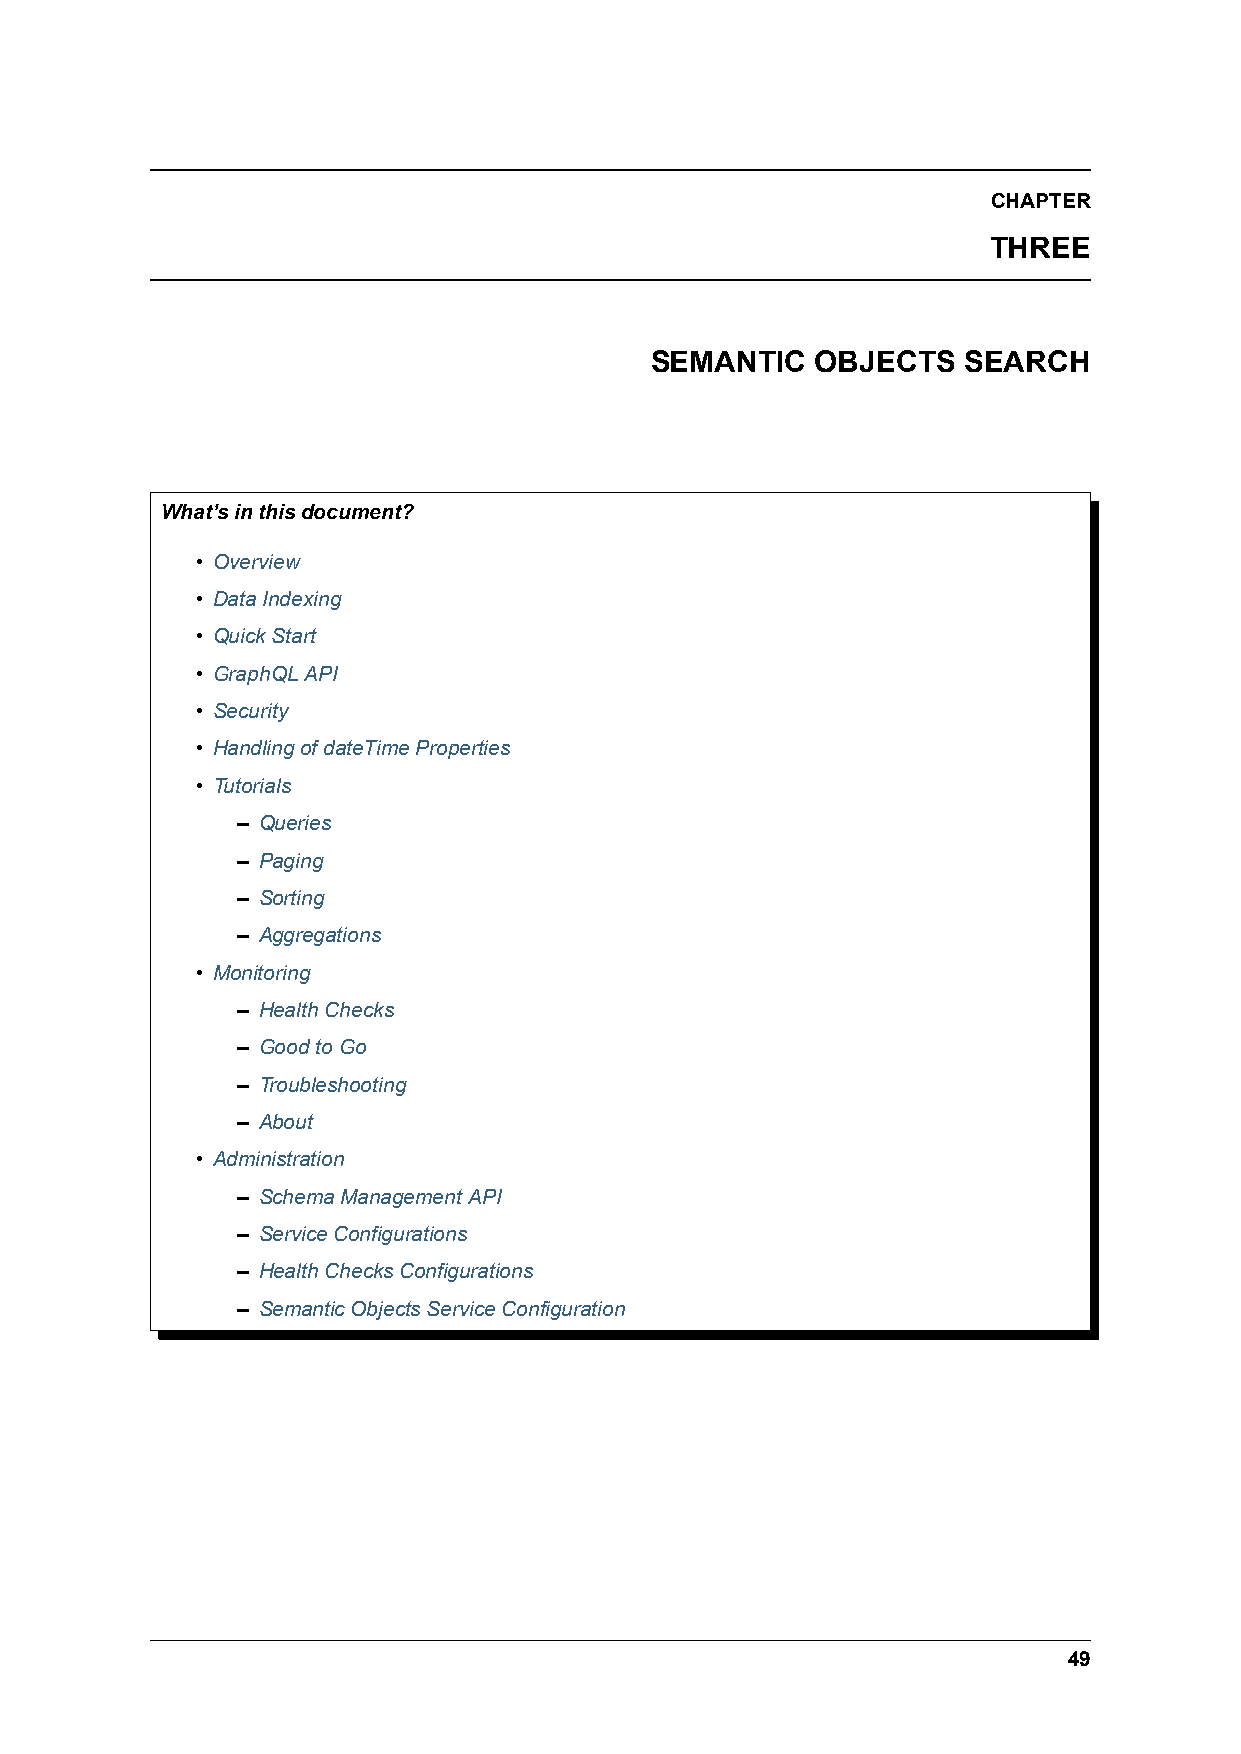
CHAPTER
 THREE
 SEMANTIC   OBJECTS   SEARCH
 What’sinthisdocument?
 • Overview
 • DataIndexing
 • QuickStart
 • GraphQLAPI
 • Security
 • HandlingofdateTimeProperties
 • Tutorials
 – Queries
 – Paging
 – Sorting
 – Aggregations
 • Monitoring
 – HealthChecks
 – GoodtoGo
 – Troubleshooting
 – About
 • Administration
 – SchemaManagementAPI
 – ServiceConfigurations
 – HealthChecksConfigurations
 – SemanticObjectsServiceConfiguration
 49